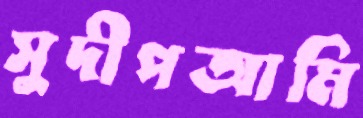
সুদীপআমি